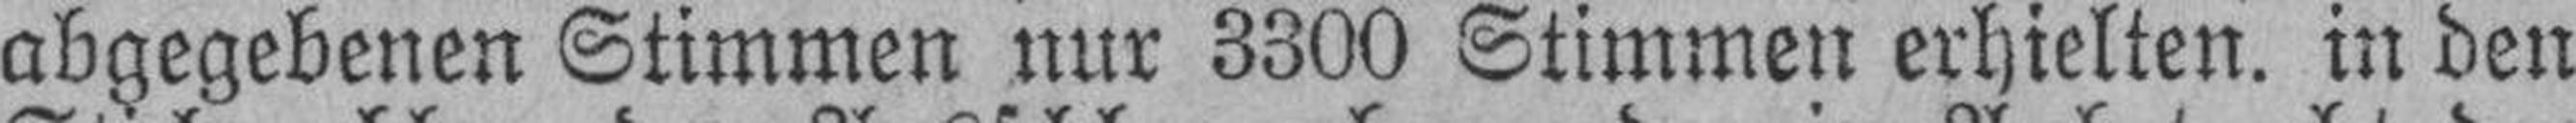
abgegebenen Stimmen nur 3300 Stimmen erhielten. in den